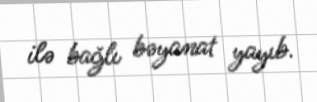
ilə bağlı bəyanat yayıb.